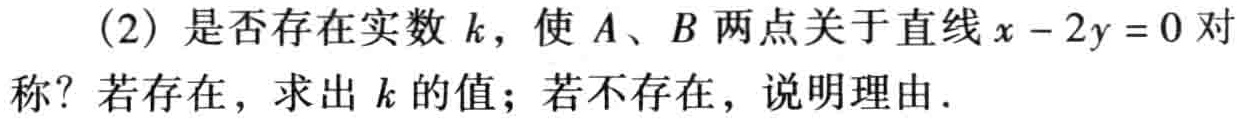
(2) 是否存在实数 \(k\)，使 \(A、B\) 两点关于直线 \(x - 2y = 0\) 对称？若存在，求出 \(k\) 的值；若不存在，说明理由.